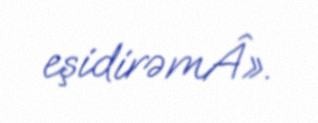
eşidirəmÂ».